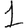
Digit: 1